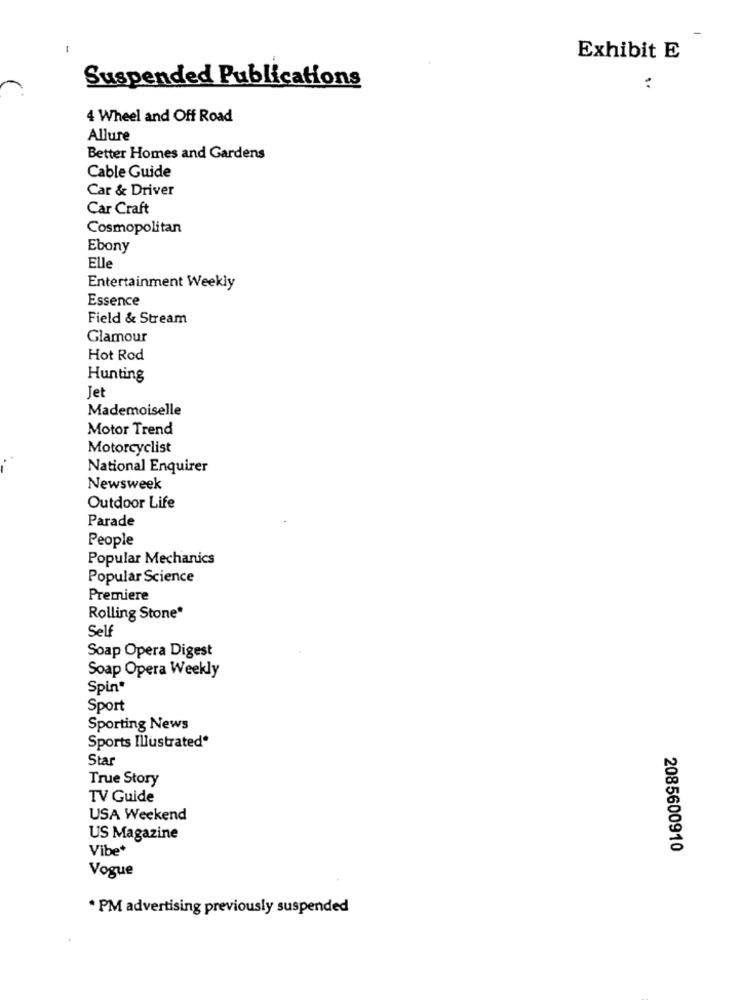
-
Exhibit E
Suspended Publications
:
4 Wheel and Off Road
Allure
Better Homes and Gardens
Cable Guide
Car & Driver
Car Craft
Cosmopolitan
Ebony
Elle
Entertainment Weekly
Essence
Field & Stream
Glamour
Hot Rod
Hunting
Jet
Mademoiselle
Motor Trend
Motorcyclist
National Enquirer
Newsweek
Outdoor Life
Parade
People
Popular Mechanics
Popular Science
Premiere
Rolling Stone*
Self
Soap Opera Digest
Soap Opera Weekly
Spin*
Sport
Sporting News
Sports Illustrated*
Star
True Story
TV Guide
USA Weekend
US Magazine
Vibe*
2085600910
Vogue
* PM advertising previously suspended